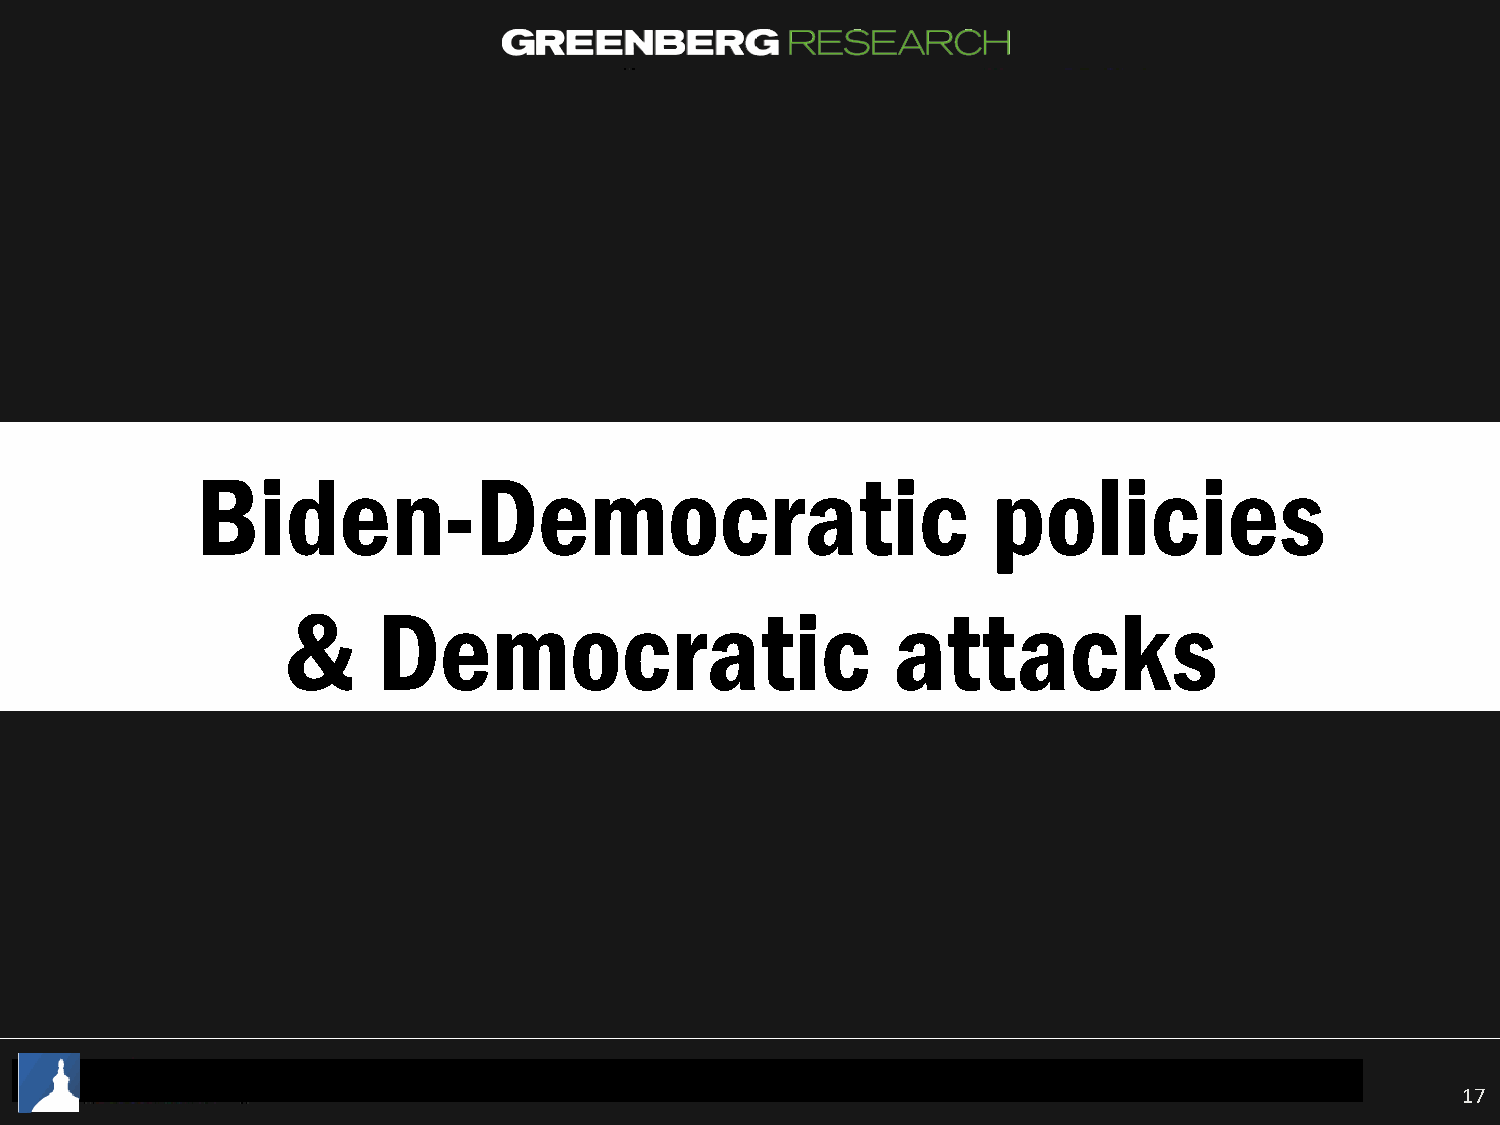
Biden-Democratic                                     policies
 &     Democratic                        attacks
 17